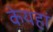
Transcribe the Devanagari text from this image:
केयहां